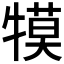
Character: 𭷱